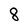
Character: 8